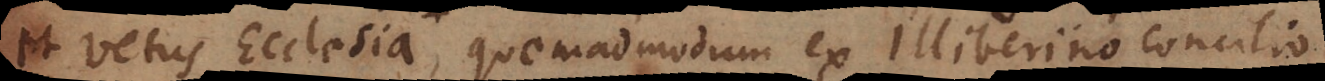
et vetus Ecclesia, quemadmodum ex Illiberino Concilio